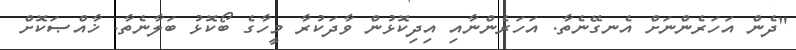
"ދެން އަހަރެންނަށް އެނގޭނެތާ. އަހަރެންނާއި އިދިކޮޅުން ވާދަކުރާ މީހާގެ ބޯކޮޅު ބަލާނެތާ. ޚާއްޞަކޮށް